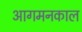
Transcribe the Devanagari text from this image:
आगमनकाल